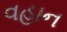
વહાન